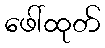
ဖေါ်ထုတ်